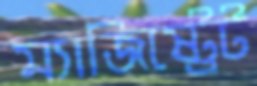
ম্যাজিষ্ট্রেট